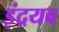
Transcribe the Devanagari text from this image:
इंद्रयव